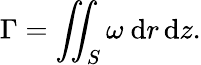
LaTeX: \Gamma=\iint_{S}\omega~\mathrm{d}r\, \mathrm{d}z.